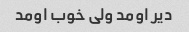
دیر اومد ولی خوب اومد